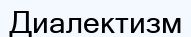
Диалектизм